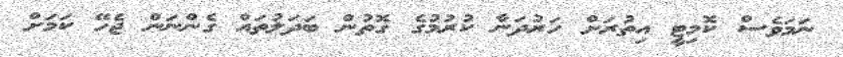
ނަމަވެސް ކޮމިޓީ އިތުރަށް ހަރުދަނާ ކުރުމުގެ ގޮތުން ބަދަލުތައް ގެންނަން ޖެހޭ ކަމަށް